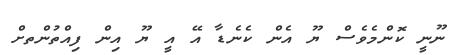
ނޫނީ ކޮންމެވެސް ޔޫ އެން ކެނެޑާ އޭ އީ ޔޫ އިން ފިއްތުންތށް